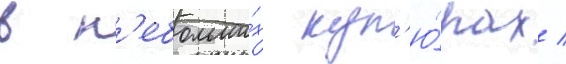
в н'ебольши́х куп'ю́рах /